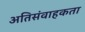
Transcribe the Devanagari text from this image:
अतिसंवाहकता